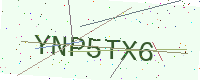
Text: YNP5TX6